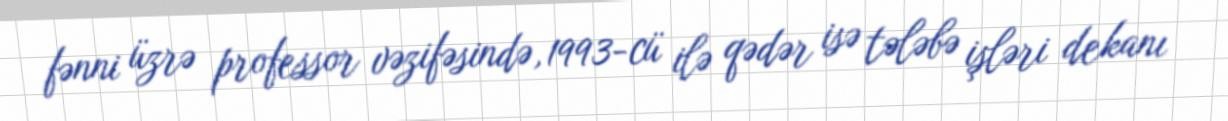
fənni üzrə professor vəzifəsində, 1993-cü ilə qədər isə tələbə işləri dekanı